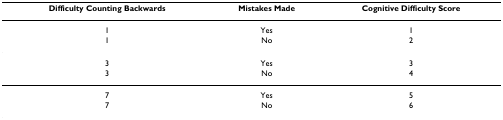
<table><thead><tr><td><b>Difficulty Counting Backwards</b></td><td><b>Mistakes Made</b></td><td><b>Cognitive Difficulty Score</b></td></tr></thead><tbody><tr><td>1</td><td>Yes</td><td>1</td></tr><tr><td>1</td><td>No</td><td>2</td></tr><tr><td>3</td><td>Yes</td><td>3</td></tr><tr><td>3</td><td>No</td><td>4</td></tr><tr><td>7</td><td>Yes</td><td>5</td></tr><tr><td>7</td><td>No</td><td>6</td></tr></tbody></table>